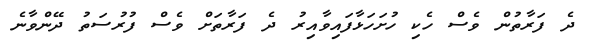
ދެ ފަރާތުން ވެސް ހެކި ހުށަހަޅާފައިވާއިރު ދެ ފަރާތަށް ވެސް ފުރުސަތު ދޭންވާނެ